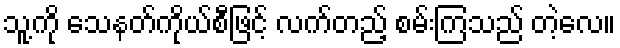
သူ့ကို သေနတ်ကိုယ်စီဖြင့် လက်တည့် စမ်းကြသည် တဲ့လေ။